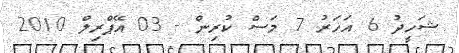
ޝަހީދު 6 އަހަރު 7 މަސް ކުރިން - 03 އޭޕްރިލް 2010